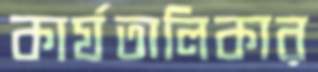
কার্যতালিকার